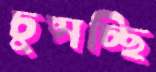
চুপ্‌সচ্ছি